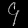
Digit: ၄